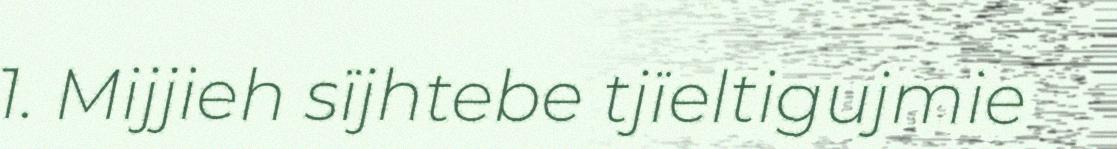
1. Mijjieh sïjhtebe tjïeltigujmie